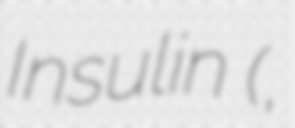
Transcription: Insulin (,